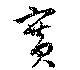
賽